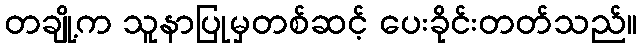
တချို့က သူနာပြုမှတစ်ဆင့် ပေးခိုင်းတတ်သည်။